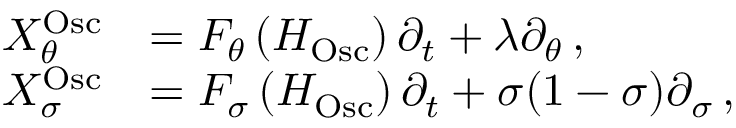
\begin{array} { r l } { X _ { \theta } ^ { \mathrm { O s c } } } & { = F _ { \theta } \left( H _ { \mathrm { O s c } } \right) \partial _ { t } + \lambda \partial _ { \theta } \, , } \\ { X _ { \sigma } ^ { \mathrm { O s c } } } & { = F _ { \sigma } \left( H _ { \mathrm { O s c } } \right) \partial _ { t } + \sigma ( 1 - \sigma ) \partial _ { \sigma } \, , } \end{array}